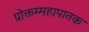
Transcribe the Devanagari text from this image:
प्रोक्तम्महापातक